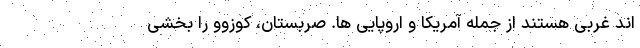
اند غربی هستند از جمله آمریکا و اروپایی ها. صربستان، کوزوو را بخشی